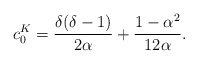
\begin{align*}\displaystyle c^K_0= \frac{\delta(\delta - 1)}{2\alpha} +\frac{1-\alpha^{2}}{12\alpha }.\end{align*}